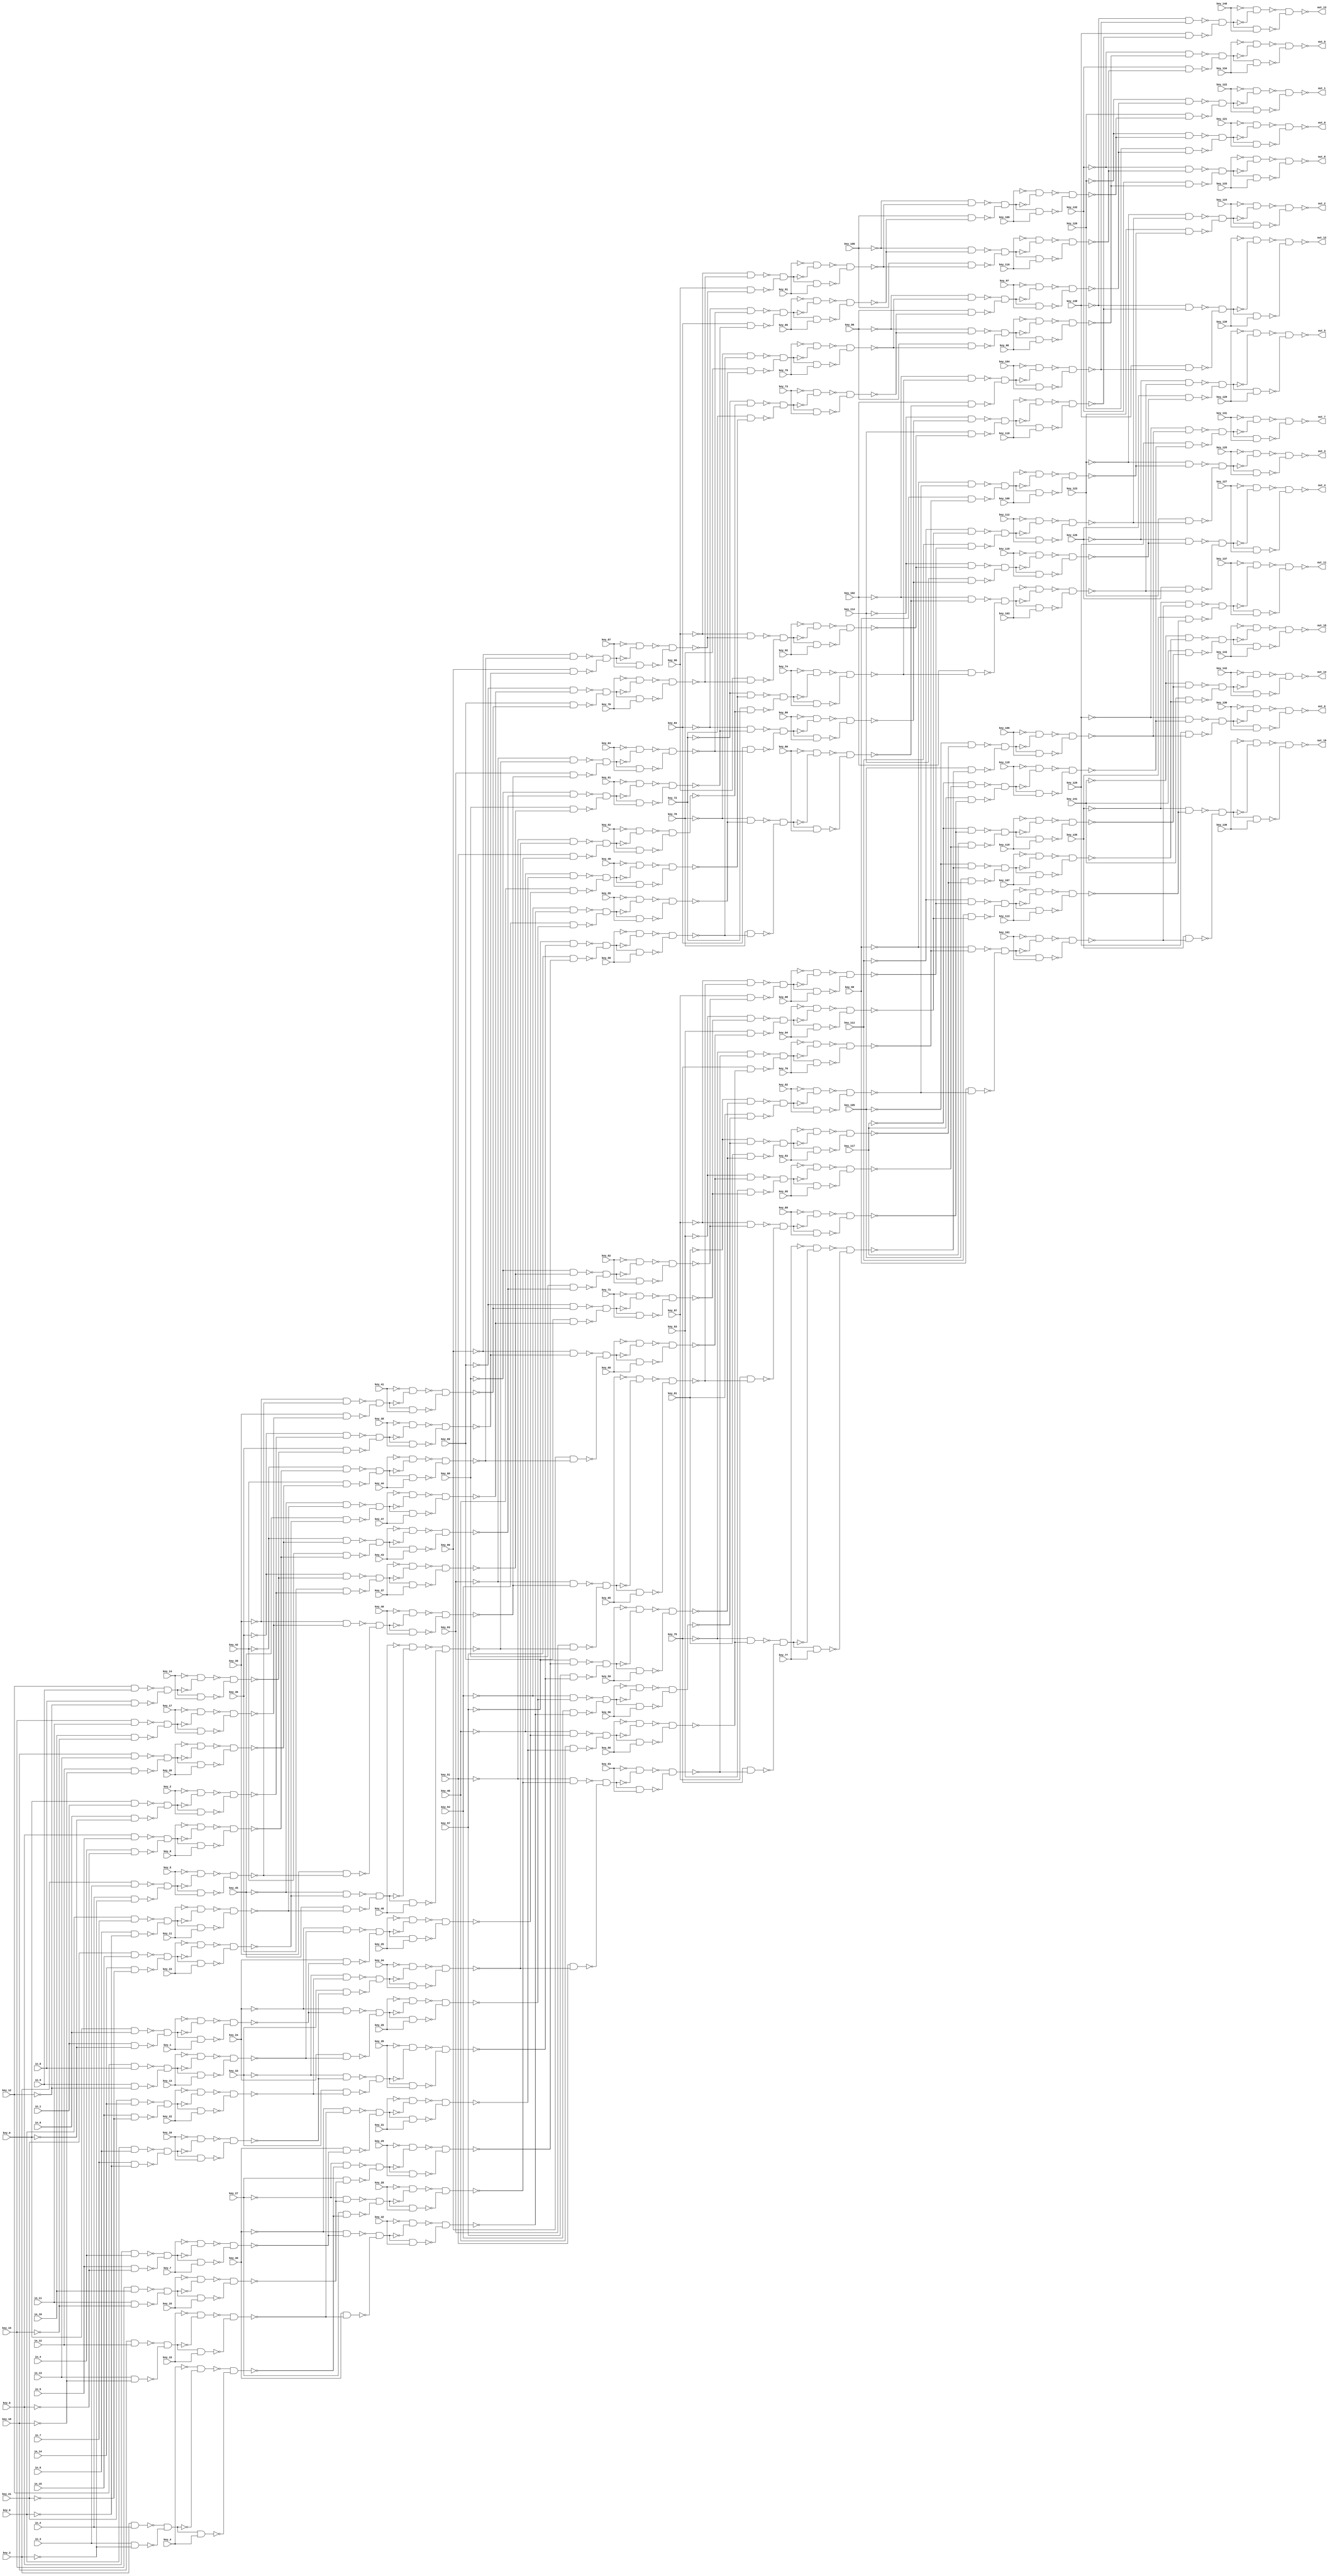

// Generated by Cadence Genus(TM) Synthesis Solution 16.22-s033_1
// Generated on: Mar 18 2020 12:18:42 EDT (Mar 18 2020 16:18:42 UTC)

// Verification Directory fv/banyan_WINPUT16_INV1

module banyan_16(out_15, out_14, out_13, out_12, out_11,
     out_10, out_9, out_8, out_7, out_6, out_5, out_4, out_3, out_2,
     out_1, out_0, key_143, key_142, key_141, key_140, key_139,
     key_138, key_137, key_136, key_135, key_134, key_133, key_132,
     key_131, key_130, key_129, key_128, key_127, key_126, key_125,
     key_124, key_123, key_122, key_121, key_120, key_119, key_118,
     key_117, key_116, key_115, key_114, key_113, key_112, key_111,
     key_110, key_109, key_108, key_107, key_106, key_105, key_104,
     key_103, key_102, key_101, key_100, key_99, key_98, key_97,
     key_96, key_95, key_94, key_93, key_92, key_91, key_90, key_89,
     key_88, key_87, key_86, key_85, key_84, key_83, key_82, key_81,
     key_80, key_79, key_78, key_77, key_76, key_75, key_74, key_73,
     key_72, key_71, key_70, key_69, key_68, key_67, key_66, key_65,
     key_64, key_63, key_62, key_61, key_60, key_59, key_58, key_57,
     key_56, key_55, key_54, key_53, key_52, key_51, key_50, key_49,
     key_48, key_47, key_46, key_45, key_44, key_43, key_42, key_41,
     key_40, key_39, key_38, key_37, key_36, key_35, key_34, key_33,
     key_32, key_31, key_30, key_29, key_28, key_27, key_26, key_25,
     key_24, key_23, key_22, key_21, key_20, key_19, key_18, key_17,
     key_16, key_15, key_14, key_13, key_12, key_11, key_10, key_9,
     key_8, key_7, key_6, key_5, key_4, key_3, key_2, key_1, key_0,
     in_15, in_14, in_13, in_12, in_11, in_10, in_9, in_8, in_7, in_6,
     in_5, in_4, in_3, in_2, in_1, in_0);
  input key_143, key_142, key_141, key_140, key_139, key_138, key_137,
       key_136, key_135, key_134, key_133, key_132, key_131, key_130,
       key_129, key_128, key_127, key_126, key_125, key_124, key_123,
       key_122, key_121, key_120, key_119, key_118, key_117, key_116,
       key_115, key_114, key_113, key_112, key_111, key_110, key_109,
       key_108, key_107, key_106, key_105, key_104, key_103, key_102,
       key_101, key_100, key_99, key_98, key_97, key_96, key_95,
       key_94, key_93, key_92, key_91, key_90, key_89, key_88, key_87,
       key_86, key_85, key_84, key_83, key_82, key_81, key_80, key_79,
       key_78, key_77, key_76, key_75, key_74, key_73, key_72, key_71,
       key_70, key_69, key_68, key_67, key_66, key_65, key_64, key_63,
       key_62, key_61, key_60, key_59, key_58, key_57, key_56, key_55,
       key_54, key_53, key_52, key_51, key_50, key_49, key_48, key_47,
       key_46, key_45, key_44, key_43, key_42, key_41, key_40, key_39,
       key_38, key_37, key_36, key_35, key_34, key_33, key_32, key_31,
       key_30, key_29, key_28, key_27, key_26, key_25, key_24, key_23,
       key_22, key_21, key_20, key_19, key_18, key_17, key_16, key_15,
       key_14, key_13, key_12, key_11, key_10, key_9, key_8, key_7,
       key_6, key_5, key_4, key_3, key_2, key_1, key_0, in_15, in_14,
       in_13, in_12, in_11, in_10, in_9, in_8, in_7, in_6, in_5, in_4,
       in_3, in_2, in_1, in_0;
  output out_15, out_14, out_13, out_12, out_11, out_10, out_9, out_8,
       out_7, out_6, out_5, out_4, out_3, out_2, out_1, out_0;
  wire key_143, key_142, key_141, key_140, key_139, key_138, key_137,
       key_136, key_135, key_134, key_133, key_132, key_131, key_130,
       key_129, key_128, key_127, key_126, key_125, key_124, key_123,
       key_122, key_121, key_120, key_119, key_118, key_117, key_116,
       key_115, key_114, key_113, key_112, key_111, key_110, key_109,
       key_108, key_107, key_106, key_105, key_104, key_103, key_102,
       key_101, key_100, key_99, key_98, key_97, key_96, key_95,
       key_94, key_93, key_92, key_91, key_90, key_89, key_88, key_87,
       key_86, key_85, key_84, key_83, key_82, key_81, key_80, key_79,
       key_78, key_77, key_76, key_75, key_74, key_73, key_72, key_71,
       key_70, key_69, key_68, key_67, key_66, key_65, key_64, key_63,
       key_62, key_61, key_60, key_59, key_58, key_57, key_56, key_55,
       key_54, key_53, key_52, key_51, key_50, key_49, key_48, key_47,
       key_46, key_45, key_44, key_43, key_42, key_41, key_40, key_39,
       key_38, key_37, key_36, key_35, key_34, key_33, key_32, key_31,
       key_30, key_29, key_28, key_27, key_26, key_25, key_24, key_23,
       key_22, key_21, key_20, key_19, key_18, key_17, key_16, key_15,
       key_14, key_13, key_12, key_11, key_10, key_9, key_8, key_7,
       key_6, key_5, key_4, key_3, key_2, key_1, key_0, in_15, in_14,
       in_13, in_12, in_11, in_10, in_9, in_8, in_7, in_6, in_5, in_4,
       in_3, in_2, in_1, in_0;
  wire out_15, out_14, out_13, out_12, out_11, out_10, out_9, out_8,
       out_7, out_6, out_5, out_4, out_3, out_2, out_1, out_0;
  wire n_0, n_1, n_2, n_3, n_4, n_5, n_6, n_7;
  wire n_8, n_9, n_10, n_11, n_12, n_13, n_14, n_15;
  wire n_16, n_17, n_18, n_19, n_20, n_21, n_22, n_23;
  wire n_24, n_25, n_26, n_27, n_28, n_29, n_30, n_31;
  wire n_32, n_33, n_34, n_35, n_36, n_37, n_38, n_39;
  wire n_40, n_41, n_42, n_43, n_44, n_45, n_46, n_47;
  wire n_48, n_49, n_50, n_51, n_52, n_53, n_54, n_55;
  wire n_56, n_57, n_58, n_59, n_60, n_61, n_62, n_63;
  wire n_64, n_65, n_66, n_67, n_68, n_69, n_70, n_71;
  wire n_72, n_73, n_74, n_75, n_76, n_77, n_78, n_79;
  wire n_80, n_81, n_82, n_83, n_84, n_85, n_86, n_87;
  wire n_88, n_89, n_90, n_91, n_92, n_93, n_94, n_95;
  wire n_96, n_97, n_98, n_99, n_100, n_101, n_102, n_103;
  wire n_104, n_105, n_106, n_107, n_108, n_109, n_110, n_111;
  wire n_112, n_113, n_114, n_115, n_116, n_117, n_118, n_119;
  wire n_120, n_121, n_122, n_123, n_124, n_125, n_126, n_127;
  wire n_128, n_129, n_130, n_131, n_132, n_133, n_134, n_135;
  wire n_136, n_137, n_138, n_139, n_140, n_141, n_142, n_143;
  wire n_144, n_145, n_146, n_147, n_148, n_149, n_150, n_151;
  wire n_152, n_153, n_154, n_155, n_156, n_157, n_158, n_159;
  wire n_160, n_161, n_162, n_163, n_164, n_165, n_166, n_167;
  wire n_168, n_169, n_170, n_171, n_172, n_173, n_174, n_175;
  wire n_176, n_177, n_178, n_179, n_180, n_181, n_182, n_183;
  wire n_184, n_185, n_186, n_187, n_188, n_189, n_190, n_191;
  wire n_192, n_193, n_194, n_195, n_196, n_197, n_198, n_199;
  wire n_200, n_201, n_202, n_203, n_204, n_205, n_206, n_207;
  wire n_208, n_209, n_210, n_211, n_212, n_213, n_214, n_215;
  wire n_216, n_217, n_218, n_219, n_220, n_221, n_222, n_223;
  wire n_224, n_225, n_226, n_227, n_228, n_229, n_230, n_231;
  wire n_232, n_233, n_234, n_235, n_236, n_237, n_238, n_239;
  wire n_240, n_241, n_242, n_243, n_244, n_245, n_246, n_247;
  wire n_248, n_249, n_250, n_251, n_252, n_253, n_254, n_255;
  wire n_256, n_257, n_258, n_259, n_260, n_261, n_262, n_263;
  wire n_264, n_265, n_266, n_267, n_268, n_269, n_270, n_271;
  wire n_272, n_273, n_274, n_275, n_276, n_277, n_278, n_279;
  wire n_280, n_281, n_282, n_283, n_284, n_285, n_286, n_287;
  wire n_288, n_289, n_290, n_291, n_292, n_293, n_294, n_295;
  wire n_296, n_297, n_298, n_299, n_300, n_301, n_302, n_303;
  wire n_304, n_305, n_306, n_307, n_308, n_309, n_310, n_311;
  wire n_312, n_313, n_314, n_315, n_316, n_317, n_318, n_319;
  wire n_320, n_321, n_322, n_323, n_324, n_325, n_326, n_327;
  wire n_328, n_329, n_330, n_331, n_332, n_333, n_334, n_335;
  wire n_336, n_337, n_338, n_339, n_340, n_341, n_342, n_343;
  wire n_344, n_345, n_346, n_347, n_348, n_349, n_350, n_351;
  wire n_352, n_353, n_354, n_355, n_356, n_357, n_358, n_359;
  wire n_360, n_361, n_362, n_363, n_364, n_365, n_366, n_367;
  wire n_368, n_369, n_370, n_371, n_372, n_373, n_374, n_375;
  wire n_376, n_377, n_378, n_379, n_380, n_381, n_382, n_383;
  wire n_384, n_385, n_386, n_387, n_388, n_389, n_390, n_391;
  wire n_392, n_393, n_394, n_395, n_396, n_397, n_398, n_399;
  wire n_400, n_401, n_402, n_403, n_404, n_405, n_406, n_407;
  wire n_408, n_409, n_410, n_411, n_412, n_413, n_414, n_415;
  wire w, w0, w1, w2;
  nand g2323__7837 (out_11, w0, w2);
  nand g2 (w2, w1, key_137);
  not g1 (w1, n_400);
  nand g0 (w0, w, n_400);
  not g (w, key_137);
  wire w3, w4, w5, w6;
  nand g2309__7557 (out_14, w4, w6);
  nand g6 (w6, w5, key_142);
  not g5 (w5, n_414);
  nand g4 (w4, w3, n_414);
  not g3 (w3, key_142);
  wire w7, w8, w9, w10;
  nand g2321__7654 (out_13, w8, w10);
  nand g10 (w10, w9, key_140);
  not g9 (w9, n_407);
  nand g8 (w8, w7, n_407);
  not g7 (w7, key_140);
  wire w11, w12, w13, w14;
  nand g2322__8867 (out_12, w12, w14);
  nand g14 (w14, w13, key_139);
  not g13 (w13, n_401);
  nand g12 (w12, w11, n_401);
  not g11 (w11, key_139);
  wire w15, w16, w17, w18;
  nand g2312__1377 (out_15, w16, w18);
  nand g18 (w18, w17, key_143);
  not g17 (w17, n_413);
  nand g16 (w16, w15, n_413);
  not g15 (w15, key_143);
  wire w19, w20, w21, w22;
  nand g2310__3717 (out_10, w20, w22);
  nand g22 (w22, w21, key_136);
  not g21 (w21, n_410);
  nand g20 (w20, w19, n_410);
  not g19 (w19, key_136);
  wire w23, w24, w25, w26;
  nand g2311__4599 (out_9, w24, w26);
  nand g26 (w26, w25, key_134);
  not g25 (w25, n_412);
  nand g24 (w24, w23, n_412);
  not g23 (w23, key_134);
  wire w27, w28, w29, w30;
  nand g2308__3779 (out_8, w28, w30);
  nand g30 (w30, w29, key_133);
  not g29 (w29, n_406);
  nand g28 (w28, w27, n_406);
  not g27 (w27, key_133);
  wire w31, w32, w33, w34;
  nand g2317__2007 (out_3, w32, w34);
  nand g34 (w34, w33, key_125);
  not g33 (w33, n_405);
  nand g32 (w32, w31, n_405);
  not g31 (w31, key_125);
  wire w35, w36, w37, w38;
  nand g2314__1237 (out_6, w36, w38);
  nand g38 (w38, w37, key_130);
  not g37 (w37, n_408);
  nand g36 (w36, w35, n_408);
  not g35 (w35, key_130);
  wire w39, w40, w41, w42;
  nand g2315__1297 (out_5, w40, w42);
  nand g42 (w42, w41, key_128);
  not g41 (w41, n_404);
  nand g40 (w40, w39, n_404);
  not g39 (w39, key_128);
  wire w43, w44, w45, w46;
  nand g2320__2006 (out_4, w44, w46);
  nand g46 (w46, w45, key_127);
  not g45 (w45, n_402);
  nand g44 (w44, w43, n_402);
  not g43 (w43, key_127);
  wire w47, w48, w49, w50;
  nand g2313__2833 (out_7, w48, w50);
  nand g50 (w50, w49, key_131);
  not g49 (w49, n_411);
  nand g48 (w48, w47, n_411);
  not g47 (w47, key_131);
  wire w51, w52, w53, w54;
  nand g2318__7547 (out_2, w52, w54);
  nand g54 (w54, w53, key_124);
  not g53 (w53, n_415);
  nand g52 (w52, w51, n_415);
  not g51 (w51, key_124);
  wire w55, w56, w57, w58;
  nand g2319__7765 (out_1, w56, w58);
  nand g58 (w58, w57, key_122);
  not g57 (w57, n_409);
  nand g56 (w56, w55, n_409);
  not g55 (w55, key_122);
  wire w59, w60, w61, w62;
  nand g2316__9867 (out_0, w60, w62);
  nand g62 (w62, w61, key_121);
  not g61 (w61, n_403);
  nand g60 (w60, w59, n_403);
  not g59 (w59, key_121);
  nand g2333__3377 (n_415, n_372, n_393);
  nand g2332__9719 (n_414, n_365, n_390);
  nand g2328__1591 (n_413, n_363, n_387);
  nand g2326__6789 (n_412, n_392, n_352);
  nand g2324__5927 (n_411, n_384, n_380);
  nand g2325__2001 (n_410, n_395, n_399);
  nand g2334__1122 (n_409, n_369, n_391);
  nand g2329__2005 (n_408, n_346, n_382);
  nand g2337__9771 (n_407, n_360, n_386);
  nand g2327__3457 (n_406, n_389, n_350);
  nand g2336__1279 (n_405, n_374, n_394);
  nand g2330__6179 (n_404, n_379, n_397);
  nand g2335__7837 (n_403, n_368, n_348);
  nand g2331__7557 (n_402, n_377, n_396);
  nand g2338__7654 (n_401, n_398, n_383);
  nand g2339__8867 (n_400, n_357, n_354);
  nand g2371__1377 (n_399, key_135, n_356);
  nand g2340__3717 (n_398, n_358, n_385);
  nand g2362__4599 (n_397, key_126, n_376);
  nand g2363__3779 (n_396, key_126, n_378);
  nand g2341__2007 (n_395, n_355, n_353);
  nand g2364__1237 (n_394, key_123, n_371);
  nand g2365__1297 (n_393, key_123, n_373);
  nand g2342__2006 (n_392, n_388, n_349);
  nand g2366__2833 (n_391, key_120, n_367);
  nand g2367__7547 (n_390, key_141, n_362);
  nand g2343__7765 (n_389, n_388, n_351);
  nand g2368__9867 (n_387, key_141, n_364);
  nand g2369__3377 (n_386, key_138, n_385);
  nand g2344__9719 (n_384, n_344, n_381);
  nand g2370__1591 (n_383, key_138, n_359);
  nand g2361__6789 (n_382, key_129, n_381);
  nand g2360__5927 (n_380, key_129, n_345);
  nand g2346__2001 (n_379, n_375, n_378);
  nand g2347__1122 (n_377, n_375, n_376);
  nand g2348__2005 (n_374, n_370, n_373);
  nand g2349__9771 (n_372, n_370, n_371);
  nand g2350__3457 (n_369, n_366, n_347);
  nand g2351__1279 (n_368, n_366, n_367);
  nand g2352__6179 (n_365, n_361, n_364);
  nand g2353__7837 (n_363, n_361, n_362);
  nand g2354__7557 (n_360, n_358, n_359);
  nand g2355__7654 (n_357, n_355, n_356);
  nand g2356__8867 (n_354, key_135, n_353);
  nand g2357__1377 (n_352, key_132, n_351);
  nand g2358__3717 (n_350, key_132, n_349);
  nand g2359__4599 (n_348, key_120, n_347);
  nand g2345__3779 (n_346, n_344, n_345);
  wire w63, w64, w65, w66;
  nand g2376__2007 (n_356, w64, w66);
  nand g66 (w66, w65, key_101);
  not g65 (w65, n_335);
  nand g64 (w64, w63, n_335);
  not g63 (w63, key_101);
  wire w67, w68, w69, w70;
  nand g2373__1237 (n_351, w68, w70);
  nand g70 (w70, w69, key_110);
  not g69 (w69, n_330);
  nand g68 (w68, w67, n_330);
  not g67 (w67, key_110);
  wire w71, w72, w73, w74;
  nand g2374__1297 (n_349, w72, w74);
  nand g74 (w74, w73, key_98);
  not g73 (w73, n_329);
  nand g72 (w72, w71, n_329);
  not g71 (w71, key_98);
  wire w75, w76, w77, w78;
  nand g2375__2006 (n_345, w76, w78);
  nand g78 (w78, w77, key_118);
  not g77 (w77, n_332);
  nand g76 (w76, w75, n_332);
  not g75 (w75, key_118);
  wire w79, w80, w81, w82;
  nand g2372__2833 (n_381, w80, w82);
  nand g82 (w82, w81, key_106);
  not g81 (w81, n_339);
  nand g80 (w80, w79, n_339);
  not g79 (w79, key_106);
  wire w83, w84, w85, w86;
  nand g2377__7547 (n_376, w84, w86);
  nand g86 (w86, w85, key_115);
  not g85 (w85, n_341);
  nand g84 (w84, w83, n_341);
  not g83 (w83, key_115);
  wire w87, w88, w89, w90;
  nand g2378__7765 (n_378, w88, w90);
  nand g90 (w90, w89, key_103);
  not g89 (w89, n_336);
  nand g88 (w88, w87, n_336);
  not g87 (w87, key_103);
  wire w91, w92, w93, w94;
  nand g2379__9867 (n_371, w92, w94);
  nand g94 (w94, w93, key_112);
  not g93 (w93, n_343);
  nand g92 (w92, w91, n_343);
  not g91 (w91, key_112);
  wire w95, w96, w97, w98;
  nand g2384__3377 (n_373, w96, w98);
  nand g98 (w98, w97, key_100);
  not g97 (w97, n_338);
  nand g96 (w96, w95, n_338);
  not g95 (w95, key_100);
  wire w99, w100, w101, w102;
  nand g2381__9719 (n_367, w100, w102);
  nand g102 (w102, w101, key_109);
  not g101 (w101, n_337);
  nand g100 (w100, w99, n_337);
  not g99 (w99, key_109);
  wire w103, w104, w105, w106;
  nand g2382__1591 (n_347, w104, w106);
  nand g106 (w106, w105, key_97);
  not g105 (w105, n_340);
  nand g104 (w104, w103, n_340);
  not g103 (w103, key_97);
  wire w107, w108, w109, w110;
  nand g2383__6789 (n_362, w108, w110);
  nand g110 (w110, w109, key_107);
  not g109 (w109, n_334);
  nand g108 (w108, w107, n_334);
  not g107 (w107, key_107);
  wire w111, w112, w113, w114;
  nand g2380__5927 (n_364, w112, w114);
  nand g114 (w114, w113, key_119);
  not g113 (w113, n_342);
  nand g112 (w112, w111, n_342);
  not g111 (w111, key_119);
  wire w115, w116, w117, w118;
  nand g2385__2001 (n_385, w116, w118);
  nand g118 (w118, w117, key_116);
  not g117 (w117, n_331);
  nand g116 (w116, w115, n_331);
  not g115 (w115, key_116);
  wire w119, w120, w121, w122;
  nand g2386__1122 (n_359, w120, w122);
  nand g122 (w122, w121, key_104);
  not g121 (w121, n_333);
  nand g120 (w120, w119, n_333);
  not g119 (w119, key_104);
  wire w123, w124, w125, w126;
  nand g2387__2005 (n_353, w124, w126);
  nand g126 (w126, w125, key_113);
  not g125 (w125, n_328);
  nand g124 (w124, w123, n_328);
  not g123 (w123, key_113);
  nand g2397__9771 (n_343, n_315, n_283);
  nand g2394__3457 (n_342, n_325, n_281);
  nand g2395__1279 (n_341, n_317, n_287);
  nand g2396__6179 (n_340, n_309, n_289);
  nand g2393__7837 (n_339, n_319, n_301);
  nand g2398__7557 (n_338, n_313, n_279);
  nand g2399__7654 (n_337, n_311, n_293);
  nand g2400__8867 (n_336, n_316, n_285);
  nand g2389__1377 (n_335, n_326, n_299);
  nand g2402__3717 (n_334, n_320, n_275);
  nand g2403__4599 (n_333, n_305, n_273);
  nand g2388__3779 (n_332, n_322, n_291);
  nand g2401__2007 (n_331, n_307, n_277);
  nand g2390__1237 (n_330, n_324, n_297);
  nand g2391__1297 (n_329, n_323, n_295);
  nand g2392__2006 (n_328, n_327, n_303);
  nand g2419__2833 (n_327, n_314, n_282);
  nand g2405__7547 (n_326, n_312, n_278);
  nand g2406__7765 (n_325, n_321, n_290);
  nand g2407__9867 (n_324, n_310, n_292);
  nand g2408__3377 (n_323, n_308, n_288);
  nand g2409__9719 (n_322, n_321, n_280);
  nand g2410__1591 (n_320, n_318, n_300);
  nand g2411__6789 (n_319, n_318, n_274);
  nand g2412__5927 (n_317, n_306, n_276);
  nand g2413__2001 (n_316, n_304, n_272);
  nand g2414__1122 (n_315, n_314, n_302);
  nand g2415__2005 (n_313, n_312, n_298);
  nand g2416__9771 (n_311, n_310, n_296);
  nand g2417__3457 (n_309, n_308, n_294);
  nand g2418__1279 (n_307, n_306, n_286);
  nand g2404__6179 (n_305, n_304, n_284);
  nand g2435__7837 (n_303, key_111, n_302);
  nand g2421__7557 (n_301, key_105, n_300);
  nand g2422__7654 (n_299, key_99, n_298);
  nand g2423__8867 (n_297, key_108, n_296);
  nand g2424__1377 (n_295, key_96, n_294);
  nand g2425__3717 (n_293, key_108, n_292);
  nand g2426__4599 (n_291, key_117, n_290);
  nand g2427__3779 (n_289, key_96, n_288);
  nand g2428__2007 (n_287, key_114, n_286);
  nand g2429__1237 (n_285, key_102, n_284);
  nand g2430__1297 (n_283, key_111, n_282);
  nand g2431__2006 (n_281, key_117, n_280);
  nand g2432__2833 (n_279, key_99, n_278);
  nand g2433__7547 (n_277, key_114, n_276);
  nand g2434__7765 (n_275, key_105, n_274);
  nand g2420__9867 (n_273, key_102, n_272);
  wire w127, w128, w129, w130;
  nand g2440__3377 (n_302, w128, w130);
  nand g130 (w130, w129, key_94);
  not g129 (w129, n_270);
  nand g128 (w128, w127, n_270);
  not g127 (w127, key_94);
  wire w131, w132, w133, w134;
  nand g2437__9719 (n_282, w132, w134);
  nand g134 (w134, w133, key_88);
  not g133 (w133, n_269);
  nand g132 (w132, w131, n_269);
  not g131 (w131, key_88);
  wire w135, w136, w137, w138;
  nand g2438__1591 (n_298, w136, w138);
  nand g138 (w138, w137, key_82);
  not g137 (w137, n_268);
  nand g136 (w136, w135, n_268);
  not g135 (w135, key_82);
  wire w139, w140, w141, w142;
  nand g2439__6789 (n_278, w140, w142);
  nand g142 (w142, w141, key_76);
  not g141 (w141, n_267);
  nand g140 (w140, w139, n_267);
  not g139 (w139, key_76);
  wire w143, w144, w145, w146;
  nand g2436__5927 (n_296, w144, w146);
  nand g146 (w146, w145, key_91);
  not g145 (w145, n_266);
  nand g144 (w144, w143, n_266);
  not g143 (w143, key_91);
  wire w147, w148, w149, w150;
  nand g2441__2001 (n_292, w148, w150);
  nand g150 (w150, w149, key_85);
  not g149 (w149, n_265);
  nand g148 (w148, w147, n_265);
  not g147 (w147, key_85);
  wire w151, w152, w153, w154;
  nand g2442__1122 (n_290, w152, w154);
  nand g154 (w154, w153, key_89);
  not g153 (w153, n_262);
  nand g152 (w152, w151, n_262);
  not g151 (w151, key_89);
  wire w155, w156, w157, w158;
  nand g2443__2005 (n_294, w156, w158);
  nand g158 (w158, w157, key_79);
  not g157 (w157, n_264);
  nand g156 (w156, w155, n_264);
  not g155 (w155, key_79);
  wire w159, w160, w161, w162;
  nand g2448__9771 (n_288, w160, w162);
  nand g162 (w162, w161, key_73);
  not g161 (w161, n_263);
  nand g160 (w160, w159, n_263);
  not g159 (w159, key_73);
  wire w163, w164, w165, w166;
  nand g2445__3457 (n_300, w164, w166);
  nand g166 (w166, w165, key_77);
  not g165 (w165, n_261);
  nand g164 (w164, w163, n_261);
  not g163 (w163, key_77);
  wire w167, w168, w169, w170;
  nand g2446__1279 (n_276, w168, w170);
  nand g170 (w170, w169, key_92);
  not g169 (w169, n_260);
  nand g168 (w168, w167, n_260);
  not g167 (w167, key_92);
  wire w171, w172, w173, w174;
  nand g2447__6179 (n_280, w172, w174);
  nand g174 (w174, w173, key_95);
  not g173 (w173, n_271);
  nand g172 (w172, w171, n_271);
  not g171 (w171, key_95);
  wire w175, w176, w177, w178;
  nand g2444__7837 (n_274, w176, w178);
  nand g178 (w178, w177, key_83);
  not g177 (w177, n_258);
  nand g176 (w176, w175, n_258);
  not g175 (w175, key_83);
  wire w179, w180, w181, w182;
  nand g2449__7557 (n_286, w180, w182);
  nand g182 (w182, w181, key_86);
  not g181 (w181, n_259);
  nand g180 (w180, w179, n_259);
  not g179 (w179, key_86);
  wire w183, w184, w185, w186;
  nand g2450__7654 (n_272, w184, w186);
  nand g186 (w186, w185, key_80);
  not g185 (w185, n_257);
  nand g184 (w184, w183, n_257);
  not g183 (w183, key_80);
  wire w187, w188, w189, w190;
  nand g2451__8867 (n_284, w188, w190);
  nand g190 (w190, w189, key_74);
  not g189 (w189, n_256);
  nand g188 (w188, w187, n_256);
  not g187 (w187, key_74);
  nand g2456__1377 (n_271, n_246, n_227);
  nand g2453__3717 (n_270, n_255, n_231);
  nand g2454__4599 (n_269, n_253, n_229);
  nand g2455__3779 (n_268, n_252, n_219);
  nand g2452__2007 (n_267, n_250, n_215);
  nand g2457__1237 (n_266, n_249, n_225);
  nand g2458__1297 (n_265, n_248, n_223);
  nand g2459__2006 (n_264, n_244, n_221);
  nand g2464__2833 (n_263, n_247, n_211);
  nand g2461__7547 (n_262, n_241, n_217);
  nand g2462__7765 (n_261, n_243, n_213);
  nand g2463__9867 (n_260, n_239, n_209);
  nand g2460__3377 (n_259, n_237, n_207);
  nand g2465__9719 (n_258, n_254, n_205);
  nand g2466__1591 (n_257, n_235, n_203);
  nand g2467__6789 (n_256, n_233, n_201);
  nand g2483__5927 (n_255, n_245, n_226);
  nand g2469__2001 (n_254, n_251, n_218);
  nand g2470__1122 (n_253, n_240, n_216);
  nand g2471__2005 (n_252, n_251, n_204);
  nand g2472__9771 (n_250, n_242, n_212);
  nand g2473__3457 (n_249, n_238, n_208);
  nand g2474__1279 (n_248, n_236, n_206);
  nand g2475__6179 (n_247, n_232, n_200);
  nand g2476__7837 (n_246, n_245, n_230);
  nand g2477__7557 (n_244, n_234, n_202);
  nand g2478__7654 (n_243, n_242, n_214);
  nand g2479__8867 (n_241, n_240, n_228);
  nand g2480__1377 (n_239, n_238, n_224);
  nand g2481__3717 (n_237, n_236, n_222);
  nand g2482__4599 (n_235, n_234, n_220);
  nand g2468__3779 (n_233, n_232, n_210);
  nand g2499__2007 (n_231, key_93, n_230);
  nand g2485__1237 (n_229, key_87, n_228);
  nand g2486__1297 (n_227, key_93, n_226);
  nand g2487__2006 (n_225, key_90, n_224);
  nand g2488__2833 (n_223, key_84, n_222);
  nand g2489__7547 (n_221, key_78, n_220);
  nand g2490__7765 (n_219, key_81, n_218);
  nand g2491__9867 (n_217, key_87, n_216);
  nand g2492__3377 (n_215, key_75, n_214);
  nand g2493__9719 (n_213, key_75, n_212);
  nand g2494__1591 (n_211, key_72, n_210);
  nand g2495__6789 (n_209, key_90, n_208);
  nand g2496__5927 (n_207, key_84, n_206);
  nand g2497__2001 (n_205, key_81, n_204);
  nand g2498__1122 (n_203, key_78, n_202);
  nand g2484__2005 (n_201, key_72, n_200);
  wire w191, w192, w193, w194;
  nand g2504__9771 (n_218, w192, w194);
  nand g194 (w194, w193, key_56);
  not g193 (w193, n_199);
  nand g192 (w192, w191, n_199);
  not g191 (w191, key_56);
  wire w195, w196, w197, w198;
  nand g2501__3457 (n_226, w196, w198);
  nand g198 (w198, w197, key_71);
  not g197 (w197, n_195);
  nand g196 (w196, w195, n_195);
  not g195 (w195, key_71);
  wire w199, w200, w201, w202;
  nand g2502__1279 (n_216, w200, w202);
  nand g202 (w202, w201, key_65);
  not g201 (w201, n_198);
  nand g200 (w200, w199, n_198);
  not g199 (w199, key_65);
  wire w203, w204, w205, w206;
  nand g2503__6179 (n_212, w204, w206);
  nand g206 (w206, w205, key_53);
  not g205 (w205, n_193);
  nand g204 (w204, w203, n_193);
  not g203 (w203, key_53);
  wire w207, w208, w209, w210;
  nand g2500__7837 (n_228, w208, w210);
  nand g210 (w210, w209, key_62);
  not g209 (w209, n_194);
  nand g208 (w208, w207, n_194);
  not g207 (w207, key_62);
  wire w211, w212, w213, w214;
  nand g2505__7557 (n_214, w212, w214);
  nand g214 (w214, w213, key_50);
  not g213 (w213, n_196);
  nand g212 (w212, w211, n_196);
  not g211 (w211, key_50);
  wire w215, w216, w217, w218;
  nand g2506__7654 (n_230, w216, w218);
  nand g218 (w218, w217, key_68);
  not g217 (w217, n_197);
  nand g216 (w216, w215, n_197);
  not g215 (w215, key_68);
  wire w219, w220, w221, w222;
  nand g2507__8867 (n_208, w220, w222);
  nand g222 (w222, w221, key_70);
  not g221 (w221, n_192);
  nand g220 (w220, w219, n_192);
  not g219 (w219, key_70);
  wire w223, w224, w225, w226;
  nand g2512__1377 (n_224, w224, w226);
  nand g226 (w226, w225, key_67);
  not g225 (w225, n_191);
  nand g224 (w224, w223, n_191);
  not g223 (w223, key_67);
  wire w227, w228, w229, w230;
  nand g2509__3717 (n_206, w228, w230);
  nand g230 (w230, w229, key_64);
  not g229 (w229, n_190);
  nand g228 (w228, w227, n_190);
  not g227 (w227, key_64);
  wire w231, w232, w233, w234;
  nand g2510__4599 (n_204, w232, w234);
  nand g234 (w234, w233, key_59);
  not g233 (w233, n_188);
  nand g232 (w232, w231, n_188);
  not g231 (w231, key_59);
  wire w235, w236, w237, w238;
  nand g2511__3779 (n_222, w236, w238);
  nand g238 (w238, w237, key_61);
  not g237 (w237, n_189);
  nand g236 (w236, w235, n_189);
  not g235 (w235, key_61);
  wire w239, w240, w241, w242;
  nand g2508__2007 (n_202, w240, w242);
  nand g242 (w242, w241, key_58);
  not g241 (w241, n_187);
  nand g240 (w240, w239, n_187);
  not g239 (w239, key_58);
  wire w243, w244, w245, w246;
  nand g2513__1237 (n_220, w244, w246);
  nand g246 (w246, w245, key_55);
  not g245 (w245, n_186);
  nand g244 (w244, w243, n_186);
  not g243 (w243, key_55);
  wire w247, w248, w249, w250;
  nand g2514__1297 (n_200, w248, w250);
  nand g250 (w250, w249, key_52);
  not g249 (w249, n_185);
  nand g248 (w248, w247, n_185);
  not g247 (w247, key_52);
  wire w251, w252, w253, w254;
  nand g2515__2006 (n_210, w252, w254);
  nand g254 (w254, w253, key_49);
  not g253 (w253, n_184);
  nand g252 (w252, w251, n_184);
  not g251 (w251, key_49);
  nand g2520__2833 (n_199, n_183, n_159);
  nand g2517__7547 (n_198, n_182, n_157);
  nand g2518__7765 (n_197, n_169, n_155);
  nand g2519__9867 (n_196, n_180, n_153);
  nand g2516__3377 (n_195, n_174, n_147);
  nand g2521__9719 (n_194, n_179, n_149);
  nand g2522__1591 (n_193, n_181, n_151);
  nand g2523__6789 (n_192, n_178, n_145);
  nand g2528__5927 (n_191, n_177, n_143);
  nand g2525__2001 (n_190, n_172, n_141);
  nand g2526__1122 (n_189, n_165, n_131);
  nand g2527__2005 (n_188, n_170, n_139);
  nand g2524__9771 (n_187, n_167, n_137);
  nand g2529__3457 (n_186, n_176, n_135);
  nand g2530__1279 (n_185, n_163, n_133);
  nand g2531__6179 (n_184, n_161, n_129);
  nand g2547__7837 (n_183, n_175, n_134);
  nand g2533__7557 (n_182, n_171, n_140);
  nand g2534__7654 (n_181, n_162, n_132);
  nand g2535__8867 (n_180, n_160, n_128);
  nand g2536__1377 (n_179, n_164, n_130);
  nand g2537__3717 (n_178, n_173, n_146);
  nand g2538__4599 (n_177, n_168, n_154);
  nand g2544__3779 (n_176, n_175, n_158);
  nand g2539__2007 (n_174, n_173, n_144);
  nand g2540__1237 (n_172, n_171, n_156);
  nand g2541__1297 (n_170, n_166, n_136);
  nand g2542__2006 (n_169, n_168, n_142);
  nand g2543__2833 (n_167, n_166, n_138);
  nand g2545__7547 (n_165, n_164, n_148);
  nand g2546__7765 (n_163, n_162, n_150);
  nand g2532__9867 (n_161, n_160, n_152);
  nand g2563__3377 (n_159, key_54, n_158);
  nand g2549__9719 (n_157, key_63, n_156);
  nand g2550__1591 (n_155, key_66, n_154);
  nand g2551__6789 (n_153, key_48, n_152);
  nand g2552__5927 (n_151, key_51, n_150);
  nand g2553__2001 (n_149, key_60, n_148);
  nand g2554__1122 (n_147, key_69, n_146);
  nand g2555__2005 (n_145, key_69, n_144);
  nand g2556__9771 (n_143, key_66, n_142);
  nand g2557__3457 (n_141, key_63, n_140);
  nand g2558__1279 (n_139, key_57, n_138);
  nand g2559__6179 (n_137, key_57, n_136);
  nand g2560__7837 (n_135, key_54, n_134);
  nand g2561__7557 (n_133, key_51, n_132);
  nand g2562__7654 (n_131, key_60, n_130);
  nand g2548__8867 (n_129, key_48, n_128);
  wire w255, w256, w257, w258;
  nand g2568__1377 (n_158, w256, w258);
  nand g258 (w258, w257, key_32);
  not g257 (w257, n_127);
  nand g256 (w256, w255, n_127);
  not g255 (w255, key_32);
  wire w259, w260, w261, w262;
  nand g2565__3717 (n_134, w260, w262);
  nand g262 (w262, w261, key_26);
  not g261 (w261, n_120);
  nand g260 (w260, w259, n_120);
  not g259 (w259, key_26);
  wire w263, w264, w265, w266;
  nand g2566__4599 (n_152, w264, w266);
  nand g266 (w266, w265, key_31);
  not g265 (w265, n_126);
  nand g264 (w264, w263, n_126);
  not g263 (w263, key_31);
  wire w267, w268, w269, w270;
  nand g2567__3779 (n_156, w268, w270);
  nand g270 (w270, w269, key_46);
  not g269 (w269, n_124);
  nand g268 (w268, w267, n_124);
  not g267 (w267, key_46);
  wire w271, w272, w273, w274;
  nand g2564__2007 (n_132, w272, w274);
  nand g274 (w274, w273, key_28);
  not g273 (w273, n_113);
  nand g272 (w272, w271, n_113);
  not g271 (w271, key_28);
  wire w275, w276, w277, w278;
  nand g2569__1237 (n_128, w276, w278);
  nand g278 (w278, w277, key_25);
  not g277 (w277, n_122);
  nand g276 (w276, w275, n_122);
  not g275 (w275, key_25);
  wire w279, w280, w281, w282;
  nand g2570__1297 (n_140, w280, w282);
  nand g282 (w282, w281, key_40);
  not g281 (w281, n_125);
  nand g280 (w280, w279, n_125);
  not g279 (w279, key_40);
  wire w283, w284, w285, w286;
  nand g2571__2006 (n_150, w284, w286);
  nand g286 (w286, w285, key_34);
  not g285 (w285, n_112);
  nand g284 (w284, w283, n_112);
  not g283 (w283, key_34);
  wire w287, w288, w289, w290;
  nand g2576__2833 (n_154, w288, w290);
  nand g290 (w290, w289, key_44);
  not g289 (w289, n_123);
  nand g288 (w288, w287, n_123);
  not g287 (w287, key_44);
  wire w291, w292, w293, w294;
  nand g2573__7547 (n_148, w292, w294);
  nand g294 (w294, w293, key_43);
  not g293 (w293, n_121);
  nand g292 (w292, w291, n_121);
  not g291 (w291, key_43);
  wire w295, w296, w297, w298;
  nand g2574__7765 (n_130, w296, w298);
  nand g298 (w298, w297, key_37);
  not g297 (w297, n_119);
  nand g296 (w296, w295, n_119);
  not g295 (w295, key_37);
  wire w299, w300, w301, w302;
  nand g2575__9867 (n_146, w300, w302);
  nand g302 (w302, w301, key_47);
  not g301 (w301, n_115);
  nand g300 (w300, w299, n_115);
  not g299 (w299, key_47);
  wire w303, w304, w305, w306;
  nand g2572__3377 (n_144, w304, w306);
  nand g306 (w306, w305, key_41);
  not g305 (w305, n_117);
  nand g304 (w304, w303, n_117);
  not g303 (w303, key_41);
  wire w307, w308, w309, w310;
  nand g2577__9719 (n_138, w308, w310);
  nand g310 (w310, w309, key_35);
  not g309 (w309, n_116);
  nand g308 (w308, w307, n_116);
  not g307 (w307, key_35);
  wire w311, w312, w313, w314;
  nand g2578__1591 (n_142, w312, w314);
  nand g314 (w314, w313, key_38);
  not g313 (w313, n_118);
  nand g312 (w312, w311, n_118);
  not g311 (w311, key_38);
  wire w315, w316, w317, w318;
  nand g2579__6789 (n_136, w316, w318);
  nand g318 (w318, w317, key_29);
  not g317 (w317, n_114);
  nand g316 (w316, w315, n_114);
  not g315 (w315, key_29);
  nand g2584__5927 (n_127, n_58, n_90);
  nand g2581__2001 (n_126, n_82, n_63);
  nand g2582__1122 (n_125, n_96, n_60);
  nand g2583__2005 (n_124, n_89, n_92);
  nand g2580__9771 (n_123, n_77, n_103);
  nand g2585__3457 (n_122, n_80, n_108);
  nand g2586__1279 (n_121, n_75, n_109);
  nand g2587__6179 (n_120, n_111, n_110);
  nand g2592__7837 (n_119, n_72, n_105);
  nand g2589__7557 (n_118, n_98, n_100);
  nand g2590__7654 (n_117, n_94, n_106);
  nand g2591__8867 (n_116, n_69, n_104);
  nand g2588__1377 (n_115, n_99, n_102);
  nand g2593__3717 (n_114, n_67, n_101);
  nand g2594__4599 (n_113, n_84, n_65);
  nand g2595__3779 (n_112, n_86, n_62);
  nand g2600__2007 (n_111, n_78, n_107);
  nand g2618__1237 (n_110, key_24, n_79);
  nand g2619__1297 (n_109, key_42, n_76);
  nand g2620__2006 (n_108, key_24, n_107);
  nand g2621__2833 (n_106, key_39, n_95);
  nand g2622__7547 (n_105, key_36, n_97);
  nand g2623__7765 (n_104, key_33, n_85);
  nand g2624__9867 (n_103, key_42, n_74);
  nand g2625__3377 (n_102, key_45, n_88);
  nand g2626__9719 (n_101, key_27, n_83);
  nand g2627__1591 (n_100, key_36, n_71);
  nand g2596__6789 (n_99, n_87, n_91);
  nand g2597__5927 (n_98, n_70, n_97);
  nand g2598__2001 (n_96, n_93, n_95);
  nand g2599__1122 (n_94, n_93, n_59);
  nand g2617__2005 (n_92, key_45, n_91);
  nand g2616__9771 (n_90, key_30, n_81);
  nand g2602__3457 (n_89, n_87, n_88);
  nand g2603__1279 (n_86, n_68, n_85);
  nand g2604__6179 (n_84, n_66, n_83);
  nand g2605__7837 (n_82, n_56, n_81);
  nand g2606__7557 (n_80, n_78, n_79);
  nand g2607__7654 (n_77, n_73, n_76);
  nand g2608__8867 (n_75, n_73, n_74);
  nand g2609__1377 (n_72, n_70, n_71);
  nand g2610__3717 (n_69, n_68, n_61);
  nand g2611__4599 (n_67, n_66, n_64);
  nand g2612__3779 (n_65, key_27, n_64);
  nand g2613__2007 (n_63, key_30, n_57);
  nand g2614__1237 (n_62, key_33, n_61);
  nand g2615__1297 (n_60, key_39, n_59);
  nand g2601__2006 (n_58, n_56, n_57);
  wire w319, w320, w321, w322;
  nand g2632__2833 (n_64, w320, w322);
  nand g322 (w322, w321, key_4);
  not g321 (w321, n_41);
  nand g320 (w320, w319, n_41);
  not g319 (w319, key_4);
  wire w323, w324, w325, w326;
  nand g2629__7547 (n_97, w324, w326);
  nand g326 (w326, w325, key_2);
  not g325 (w325, n_49);
  nand g324 (w324, w323, n_49);
  not g323 (w323, key_2);
  wire w327, w328, w329, w330;
  nand g2630__7765 (n_81, w328, w330);
  nand g330 (w330, w329, key_19);
  not g329 (w329, n_47);
  nand g328 (w328, w327, n_47);
  not g327 (w327, key_19);
  wire w331, w332, w333, w334;
  nand g2631__9867 (n_59, w332, w334);
  nand g334 (w334, w333, key_5);
  not g333 (w333, n_43);
  nand g332 (w332, w331, n_43);
  not g331 (w331, key_5);
  wire w335, w336, w337, w338;
  nand g2628__3377 (n_107, w336, w338);
  nand g338 (w338, w337, key_1);
  not g337 (w337, n_50);
  nand g336 (w336, w335, n_50);
  not g335 (w335, key_1);
  wire w339, w340, w341, w342;
  nand g2633__9719 (n_57, w340, w342);
  nand g342 (w342, w341, key_7);
  not g341 (w341, n_54);
  nand g340 (w340, w339, n_54);
  not g339 (w339, key_7);
  wire w343, w344, w345, w346;
  nand g2634__1591 (n_88, w344, w346);
  nand g346 (w346, w345, key_23);
  not g345 (w345, n_55);
  nand g344 (w344, w343, n_55);
  not g343 (w343, key_23);
  wire w347, w348, w349, w350;
  nand g2635__6789 (n_79, w348, w350);
  nand g350 (w350, w349, key_13);
  not g349 (w349, n_52);
  nand g348 (w348, w347, n_52);
  not g347 (w347, key_13);
  wire w351, w352, w353, w354;
  nand g2640__5927 (n_85, w352, w354);
  nand g354 (w354, w353, key_22);
  not g353 (w353, n_53);
  nand g352 (w352, w351, n_53);
  not g351 (w351, key_22);
  wire w355, w356, w357, w358;
  nand g2637__2001 (n_76, w356, w358);
  nand g358 (w358, w357, key_8);
  not g357 (w357, n_45);
  nand g356 (w356, w355, n_45);
  not g355 (w355, key_8);
  wire w359, w360, w361, w362;
  nand g2638__1122 (n_91, w360, w362);
  nand g362 (w362, w361, key_11);
  not g361 (w361, n_51);
  nand g360 (w360, w359, n_51);
  not g359 (w359, key_11);
  wire w363, w364, w365, w366;
  nand g2639__2005 (n_74, w364, w366);
  nand g366 (w366, w365, key_20);
  not g365 (w365, n_46);
  nand g364 (w364, w363, n_46);
  not g363 (w363, key_20);
  wire w367, w368, w369, w370;
  nand g2636__9771 (n_95, w368, w370);
  nand g370 (w370, w369, key_17);
  not g369 (w369, n_42);
  nand g368 (w368, w367, n_42);
  not g367 (w367, key_17);
  wire w371, w372, w373, w374;
  nand g2641__3457 (n_61, w372, w374);
  nand g374 (w374, w373, key_10);
  not g373 (w373, n_44);
  nand g372 (w372, w371, n_44);
  not g371 (w371, key_10);
  wire w375, w376, w377, w378;
  nand g2642__1279 (n_71, w376, w378);
  nand g378 (w378, w377, key_14);
  not g377 (w377, n_48);
  nand g376 (w376, w375, n_48);
  not g375 (w375, key_14);
  wire w379, w380, w381, w382;
  nand g2643__6179 (n_83, w380, w382);
  nand g382 (w382, w381, key_16);
  not g381 (w381, n_40);
  nand g380 (w380, w379, n_40);
  not g379 (w379, key_16);
  nand g2648__7837 (n_55, n_10, n_23);
  nand g2645__7557 (n_54, n_3, n_29);
  nand g2646__7654 (n_53, n_0, n_36);
  nand g2647__8867 (n_52, n_8, n_31);
  nand g2644__1377 (n_51, n_12, n_19);
  nand g2649__3717 (n_50, n_11, n_25);
  nand g2650__4599 (n_49, n_5, n_39);
  nand g2651__3779 (n_48, n_1, n_32);
  nand g2656__2007 (n_47, n_9, n_28);
  nand g2653__1237 (n_46, n_4, n_21);
  nand g2654__1297 (n_45, n_13, n_27);
  nand g2655__2006 (n_44, n_7, n_38);
  nand g2652__2833 (n_43, n_14, n_35);
  nand g2657__7547 (n_42, n_6, n_33);
  nand g2658__7765 (n_41, n_15, n_37);
  nand g2659__9867 (n_40, n_2, n_17);
  nand g2663__3377 (n_39, in_0, n_24);
  nand g2660__9719 (n_38, in_7, n_18);
  nand g2661__1591 (n_37, in_3, n_34);
  nand g2662__6789 (n_36, in_15, n_22);
  nand g2670__5927 (n_35, in_2, n_34);
  nand g2664__2001 (n_33, in_10, n_16);
  nand g2665__1122 (n_32, in_8, n_30);
  nand g2666__2005 (n_31, in_9, n_30);
  nand g2672__9771 (n_29, in_5, n_26);
  nand g2668__3457 (n_28, in_13, n_20);
  nand g2669__1279 (n_27, in_4, n_26);
  nand g2671__6179 (n_25, in_1, n_24);
  nand g2667__7837 (n_23, in_14, n_22);
  nand g2673__7557 (n_21, in_12, n_20);
  nand g2674__7654 (n_19, in_6, n_18);
  nand g2675__8867 (n_17, in_11, n_16);
  nand g2678__1377 (n_15, key_3, in_2);
  nand g2687__3717 (n_14, key_3, in_3);
  nand g2690__4599 (n_13, key_6, in_5);
  nand g2676__3779 (n_12, key_9, in_7);
  nand g2686__2007 (n_11, key_0, in_0);
  nand g2679__1237 (n_10, key_21, in_15);
  nand g2685__1297 (n_9, key_18, in_12);
  nand g2682__2006 (n_8, key_12, in_8);
  nand g2691__2833 (n_7, key_9, in_6);
  nand g2684__7547 (n_6, key_15, in_11);
  nand g2688__7765 (n_5, key_0, in_1);
  nand g2689__9867 (n_4, key_18, in_13);
  nand g2683__3377 (n_3, key_6, in_4);
  nand g2677__9719 (n_2, key_15, in_10);
  nand g2681__1591 (n_1, key_12, in_9);
  nand g2680__6789 (n_0, key_21, in_14);
  not g2702 (n_70, key_36);
  not g2732 (n_26, key_6);
  not g2704 (n_171, key_63);
  not g2727 (n_238, key_90);
  not g2721 (n_18, key_9);
  not g2728 (n_304, key_102);
  not g2701 (n_168, key_66);
  not g2709 (n_358, key_138);
  not g2705 (n_361, key_141);
  not g2706 (n_87, key_45);
  not g2710 (n_312, key_99);
  not g2697 (n_166, key_57);
  not g2696 (n_366, key_120);
  not g2737 (n_306, key_114);
  not g2723 (n_375, key_126);
  not g2729 (n_388, key_132);
  not g2720 (n_160, key_48);
  not g2712 (n_232, key_72);
  not g2708 (n_236, key_84);
  not g2731 (n_308, key_96);
  not g2707 (n_173, key_69);
  not g2703 (n_318, key_105);
  not g2715 (n_310, key_108);
  not g2698 (n_30, key_12);
  not g2717 (n_242, key_75);
  not g2726 (n_370, key_123);
  not g2714 (n_66, key_27);
  not g2722 (n_73, key_42);
  not g2738 (n_20, key_18);
  not g2718 (n_314, key_111);
  not g2699 (n_16, key_15);
  not g2711 (n_344, key_129);
  not g2713 (n_234, key_78);
  not g2693 (n_321, key_117);
  not g2730 (n_175, key_54);
  not g2694 (n_240, key_87);
  not g2739 (n_251, key_81);
  not g2735 (n_22, key_21);
  not g2736 (n_56, key_30);
  not g2716 (n_355, key_135);
  not g2724 (n_24, key_0);
  not g2733 (n_34, key_3);
  not g2695 (n_245, key_93);
  not g2725 (n_162, key_51);
  not g2734 (n_93, key_39);
  not g2719 (n_68, key_33);
  not g2692 (n_164, key_60);
  not g2700 (n_78, key_24);
endmodule